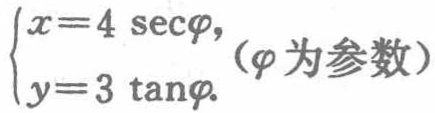
$\begin{cases}x = 4\sec\varphi,\\y = 3\tan\varphi.\end{cases}$（$\varphi$为参数）